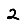
Digit: 2